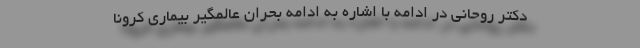
دکتر روحانی در ادامه با اشاره به ادامه بحران عالمگیر بیماری کرونا